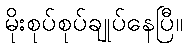
မိုးစုပ်စုပ်ချုပ်နေပြီ။